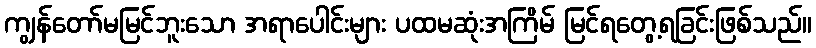
ကျွန်တော်မမြင်ဘူးသော အရာပေါင်းများ ပထမဆုံးအကြိမ် မြင်ရတွေ့ရခြင်းဖြစ်သည်။